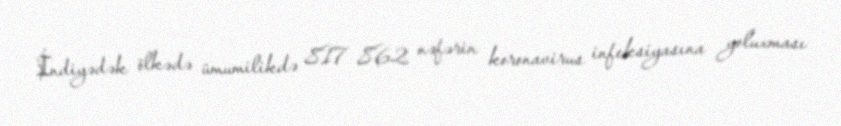
İndiyədək ölkədə ümumilikdə 817 862 nəfərin koronavirus infeksiyasına yoluxması